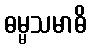
ဓမ္မသမာဓိ